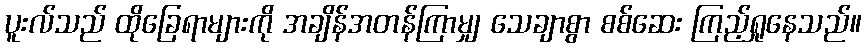
ပူးလ်သည် ထိုခြေရာများကို အချိန်အတန်ကြာမျှ သေချာစွာ စစ်ဆေး ကြည့်ရှုနေသည်။